Punjab Mental Hospital Lahore 1922-31 - 1922-1931
Year: 1922
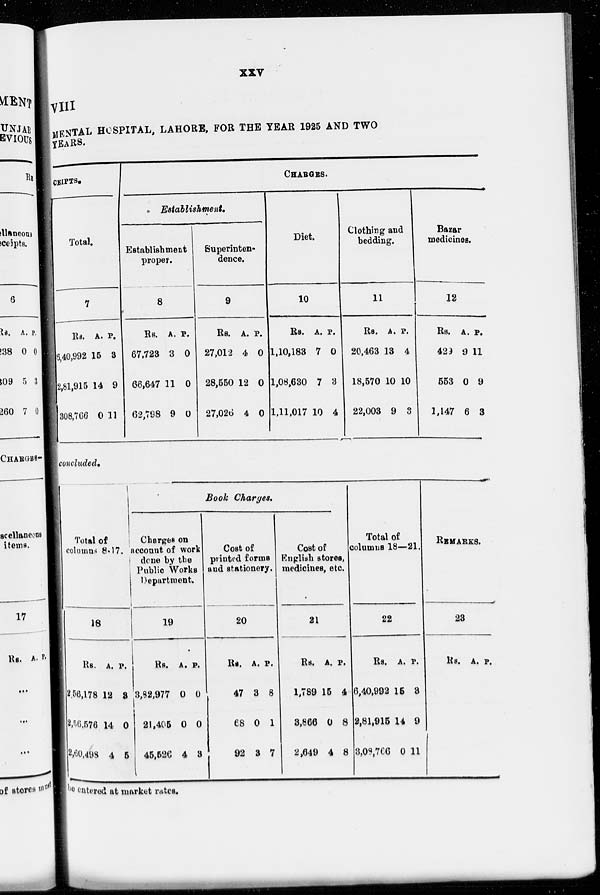
xxv
VIII
MENTAL HOSPITAL, LAHORE, FOR THE YEAR 1925 AND TWO
YEARS.
CEIPTS.
Total.
7
Rs.
6,40,992
2,81,915
308,766
A.
15
14
0
P.
3
9
11
CHARGES.
Establishment.
Establishment
proper.
8
Rs.
67,723
66,647
62,798
A.
3
11
9
P.
0
0
0
Superinten-
dence.
9
Rs.
27,012
28,550
27,026
A.
4
12
4
P.
0
0
0
Diet.
10
Rs.
1,10,183
1,08,630
1,11,017
A.
7
7
10
P.
0
3
4
Clothing and
bedding.
11
Rs.
20,463
18,570
22,003
A.
13
10
9
P.
4
10
3
Bazar
medicines.
12
Rs.
429
553
1,147
A.
9
0
6
P.
11
9
3
concluded.
Total of
columns 8-17.
18
Rs.
2,56,178
2,56,576
2,60,498
A.
12
14
4
P.
3
0
5
Book Charges.
Charges on
account of work
done by the
Public Works
Department.
19
Rs.
3,82,977
21,405
45,526
A.
0
0
4
P.
0
0
8
Cost of
printed forms
and stationery.
20
Rs.
47
68
92
A.
3
0
8
P.
8
1
7
Cost of
English stores,
medicines, etc.
21
Rs.
1,789
3,866
2,649
A.
15
0
4
P.
4
8
8
Total of
columns 18—21.
22
Rs.
6,40,992
2,81,915
3,08,766
A.
15
14
0
P.
3
9
11
REMARKS.
23
Rs. A. P.
be entered at market rates.